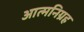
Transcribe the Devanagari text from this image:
आत्मनिग्रह